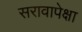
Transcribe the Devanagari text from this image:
सरावापेक्षा